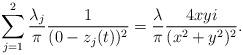
LaTeX: \begin{align*}\sum_{j=1}^2 \frac{\lambda_j }{\pi}\frac{1}{(0-z_j(t))^2}=\frac{\lambda}{\pi}\frac{4xyi}{(x^2+y^2)^2}.\end{align*}